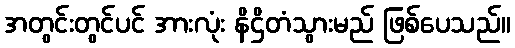
အတွင်းတွင်ပင် အားလုံး နိဌိတံသွားမည် ဖြစ်ပေသည်။